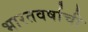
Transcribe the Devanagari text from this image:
भारतवर्षाची